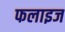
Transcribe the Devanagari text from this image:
फलाइज